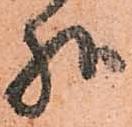
様